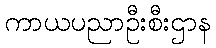
ကာယပညာဦးစီးဌာန